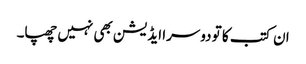
ان کتب کا تو دوسرا ایڈیشن بھی نہیں چھپا۔